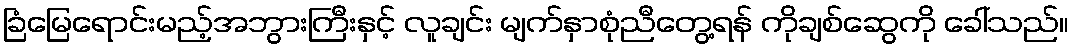
ခြံမြေရောင်းမည့်အဘွားကြီးနှင့် လူချင်း မျက်နှာစုံညီတွေ့ရန် ကိုချစ်ဆွေကို ခေါ်သည်။